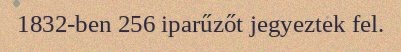
1832-ben 256 iparűzőt jegyeztek fel.